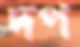
দপ